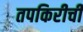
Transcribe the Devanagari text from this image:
तपकिरीची